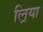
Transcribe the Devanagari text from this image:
ल्रिया